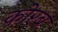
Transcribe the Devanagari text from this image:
कोरब